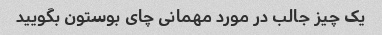
یک چیز جالب در مورد مهمانی چای بوستون بگویید